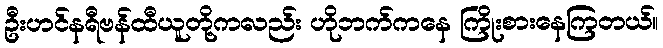
ဦးဟင်နရီဗန်ထီယူတို့ကလည်း ဟိုဘက်ကနေ ကြိုးစားနေကြတယ်။